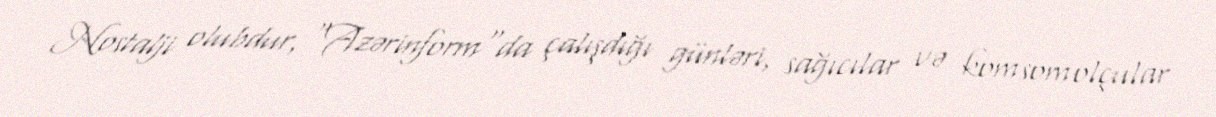
Nostalji olubdur, "Azərinform"da çalışdığı günləri, sağıcılar və komsomolçular